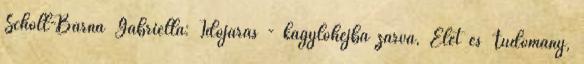
Schöll-Barna Gabriella: Időjárás - kagylóhéjba zárva, Élet és Tudomány,